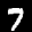
Label: 7